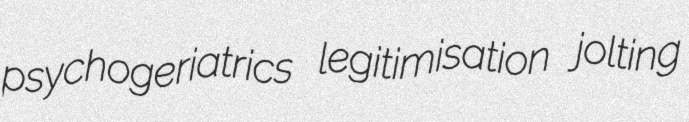
psychogeriatrics legitimisation jolting